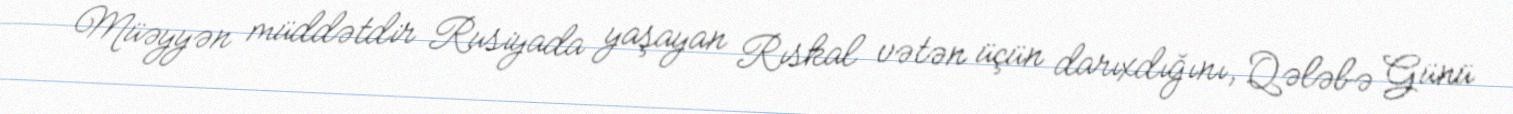
Müəyyən müddətdir Rusiyada yaşayan Rıskal vətən üçün darıxdığını, Qələbə Günü